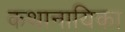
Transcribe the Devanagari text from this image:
कथानायिका